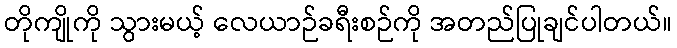
တိုကျိုကို သွားမယ့် လေယာဉ်ခရီးစဉ်ကို အတည်ပြုချင်ပါတယ်။